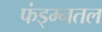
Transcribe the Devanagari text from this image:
फंड्म्नतल